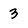
Character: 3